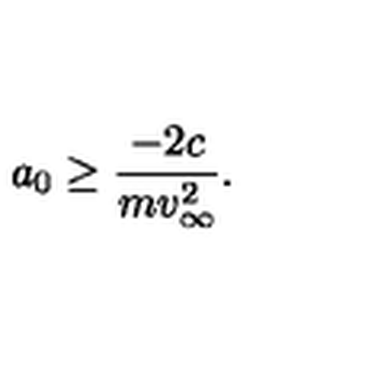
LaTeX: a _ { 0 } \ge \frac { - 2 c } { m v _ { \infty } ^ { 2 } } .